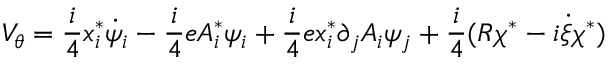
V _ { \theta } = \frac { i } { 4 } x _ { i } ^ { \ast } \dot { \psi } _ { i } - \frac { i } { 4 } e A _ { i } ^ { \ast } \psi _ { i } + \frac { i } { 4 } e x _ { i } ^ { \ast } \partial _ { j } A _ { i } \psi _ { j } + \frac { i } { 4 } ( R \chi ^ { \ast } - i \dot { \xi } \chi ^ { \ast } )